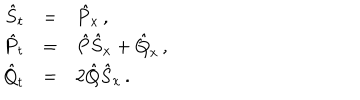
\begin{array} { r c l } { { { \hat { S } } _ { t } } } & { { = } } & { { { \hat { P } } _ { x } \, , } } \\ { { { \hat { P } } _ { t } } } & { { = } } & { { { \hat { P } } { \hat { S } } _ { x } + { \hat { Q } } _ { x } \, , } } \\ { { { \hat { Q } } _ { t } } } & { { = } } & { { { 2 } { \hat { Q } } { \hat { S } } _ { x } \, . } } \\ \end{array}